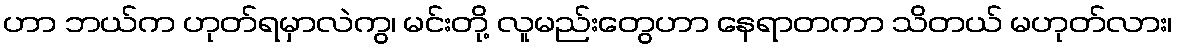
ဟာ ဘယ်က ဟုတ်ရမှာလဲကွ၊ မင်းတို့ လူမည်းတွေဟာ နေရာတကာ သိတယ် မဟုတ်လား၊